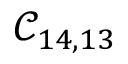
\mathcal { C } _ { 1 4 , 1 3 }